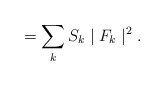
\begin{align*}\hspace{5mm} = \sum_{k} S_{k}\mid{F_{k}}\mid^{2} .\end{align*}